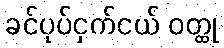
ခင်ပုပ်ငှက်ငယ် ဝတ္ထု